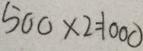
5 0 0 \times 2 = 1 0 0 0